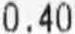
0.40